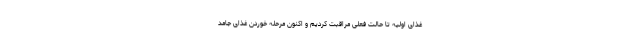
غذای اولیه تا حالت فعلی مراقبت کردیم و اکنون مرحله خوردن غذای جامد